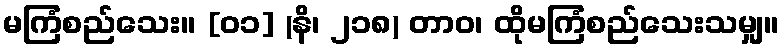
မကြံစည်သေး။ [၀၁] (နိ၊ ၂၁၈) တာဝ၊ ထိုမကြံစည်သေးသမျှ။